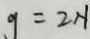
g = 2 N